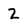
Character: 2